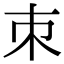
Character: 朿